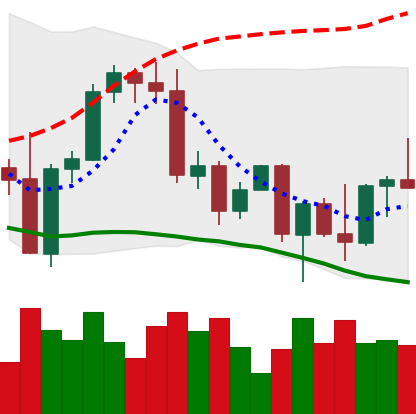
Ticker: BNB-USD
Chart end date: 2022-09-24
Forward return: 3.145%
Label: up_3_5